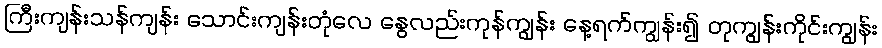
ကြီးကျန်းသန်ကျန်း သောင်းကျန်းတုံလေ နွေလည်းကုန်ကျွန်း နေ့ရက်ကျွန်း၍ တုကျွန်းကိုင်းကျွန်း